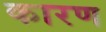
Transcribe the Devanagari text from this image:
कारण